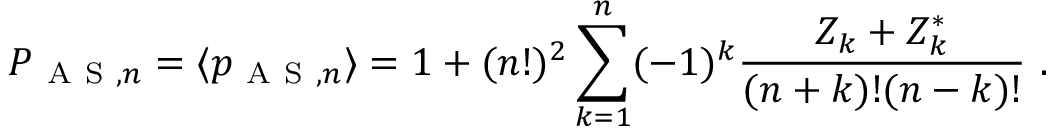
P _ { \mathrm { ~ A ~ S ~ } , n } = \langle p _ { \mathrm { ~ A ~ S ~ } , n } \rangle = 1 + ( n ! ) ^ { 2 } \sum _ { k = 1 } ^ { n } ( - 1 ) ^ { k } \frac { Z _ { k } + Z _ { k } ^ { \ast } } { ( n + k ) ! ( n - k ) ! } \ .